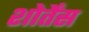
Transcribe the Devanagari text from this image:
शोर्तेंस